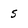
Character: s